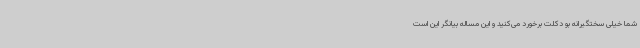
شما خیلی سختگیرانه بو دکلت برخورد می‌کنید و این مساله بیانگر این است